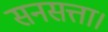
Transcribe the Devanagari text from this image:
सनसत्ता।